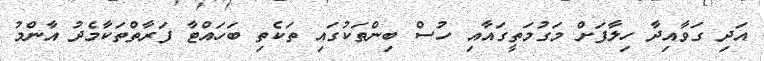
އަދި ގަވާއިދާ ހިލާފަށް މަގުމަތީގައާއި ހުސް ބިންތަކުގައި ތަކެތި ބަހައްޓާ ފަރާތްތަކާމެދު އާންމު